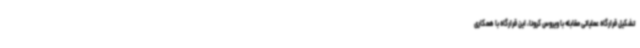
تشکیل قرارگاه عملیاتی مقابله با ویروس کرونا، این قرارگاه با همکاری